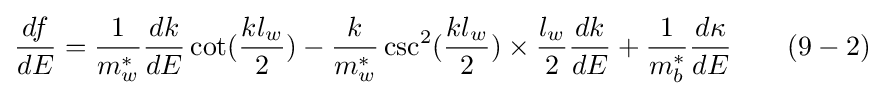
{\frac {df}{dE}}={\frac {1}{m_{w}^{*}}}{\frac {dk}{dE}}\cot({\frac {kl_{w}}{2}})-{\frac {k}{m_{w}^{*}}}\csc ^{2}({\frac {kl_{w}}{2}})\times {\frac {l_{w}}{2}}{\frac {dk}{dE}}+{\frac {1}{m_{b}^{*}}}{\frac {d\kappa }{dE}}\quad \quad (9-2)